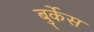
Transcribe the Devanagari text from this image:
बुर्केस